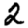
Digit: 2